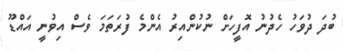
ބުދަ ދުވަހު ހެދުނު އޮފީހަށް ނުކުންއިރު އެންމެ ފުރަތަމަ ވެސް އިވުނީ އައްޑޫ